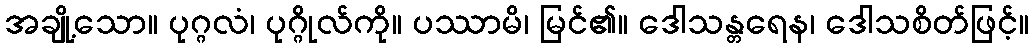
အချို့သော။ ပုဂ္ဂလံ၊ ပုဂ္ဂိုလ်ကို။ ပဿာမိ၊ မြင်၏။ ဒေါသန္တရေန၊ ဒေါသစိတ်ဖြင့်။